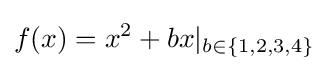
f(x)=x^{2}+bx|_{b\in \{1,2,3,4\}}